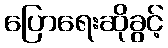
ပြောရေးဆိုခွင့်